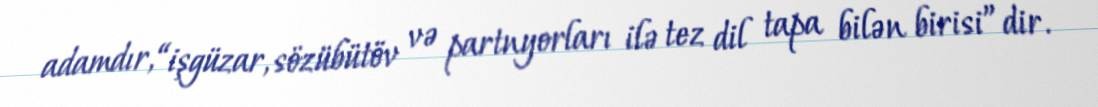
adamdır, “işgüzar, sözübütöv və partnyorları ilə tez dil tapa bilən birisi”dir.